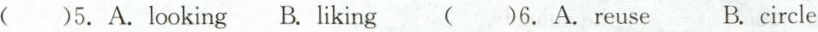
( )5.A.looking B. liking ( ) 6.A. reuse B. circle